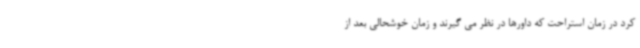
کرد در زمان استراحت که داورها در نظر می گیرند و زمان خوشحالی بعد از